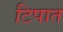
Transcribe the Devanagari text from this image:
टिपात